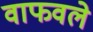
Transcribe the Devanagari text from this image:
वाफवले